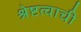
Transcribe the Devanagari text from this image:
श्रेष्टत्वाची